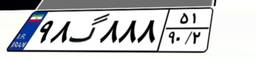
۹۸گ۸۸۸۵۱